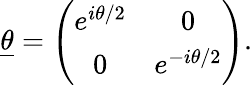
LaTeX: \underline{{{\theta}}}=\left(\begin{array}{cc}{{e^{i\theta/2}}}&{{0}}\\ {{0}}&{{e^{-i\theta/2}}}\end{array}\right).